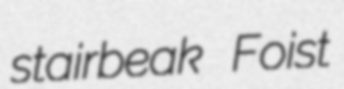
stairbeak Foist